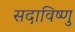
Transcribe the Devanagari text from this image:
सदाविष्णु